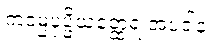
ကဒမ္ပပုပ္ဖိယတ္ထေရ အပဒါန